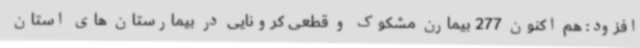
افزود: هم اکنون 277 بیمارن مشکوک و قطعی کرونایی در بیمارستان های استان